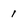
Character: 1